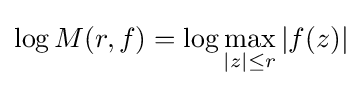
\log M(r,f)=\log \max _{|z|\leq r}|f(z)|